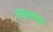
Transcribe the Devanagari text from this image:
मोखमपुर